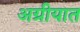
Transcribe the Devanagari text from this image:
अग्रीयात